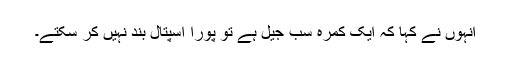
انہوں نے کہا کہ ایک کمرہ سب جیل ہے تو پورا اسپتال بند نہیں کر سکتے۔